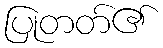
ပြုတတ်၏